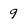
Character: 9